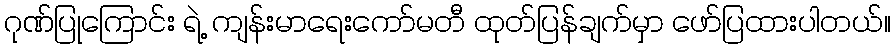
ဂုဏ်ပြုကြောင်း ရဲ့ ကျန်းမာရေးကော်မတီ ထုတ်ပြန်ချက်မှာ ဖော်ပြထားပါတယ်။